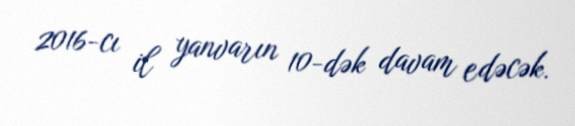
2016-cı il yanvarın 10-dək davam edəcək.